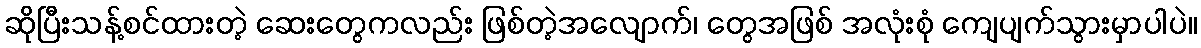
ဆိုပြီးသန့်စင်ထားတဲ့ ဆေးတွေကလည်း ဖြစ်တဲ့အလျောက်၊ တွေအဖြစ် အလုံးစုံ ကျေပျက်သွားမှာပါပဲ။